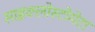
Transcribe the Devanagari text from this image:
साइक्लोस्टोमेटा